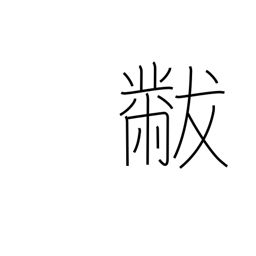
Meaning: lap robe